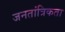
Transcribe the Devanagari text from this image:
जनतांत्रिकता